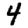
Digit: 4